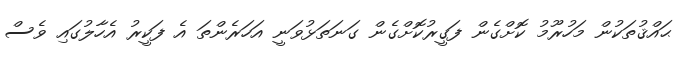
ޙައްޤުތަކުން މަހުރޫމު ކޮށްގެން ފަގީރުކޮށްގެން ގަނަތަޅުވަނީ އަހަރެންތަ އެ ފަކީރު އެހާލުގައި ވެސް